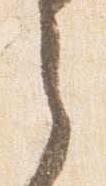
之